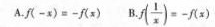
A.(-x)=-f(α)B. B.f(\frac{1}{x})=-f(x)